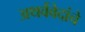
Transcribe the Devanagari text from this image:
अथर्ववेदांचे